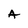
Character: A